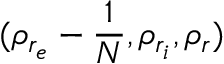
( \rho _ { r _ { e } } - \frac { 1 } { N } , \rho _ { r _ { i } } , \rho _ { r } )